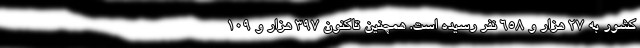
کشور به ۲۷ هزار و ۶۵۸ نفر رسیده است. همچنین تاکنون ۳۹۷ هزار و ۱۰۹